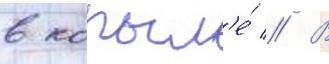
в копыл'е́ // В